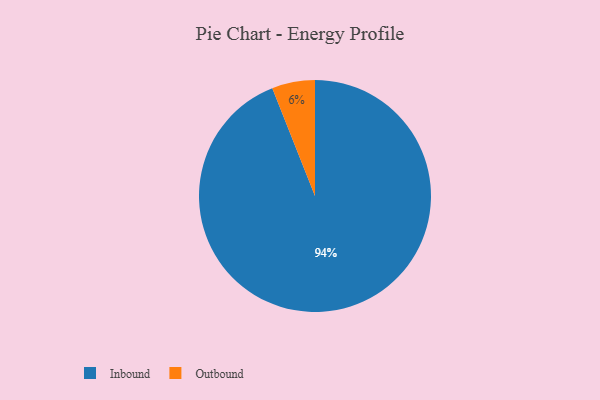
{"axis": {"x": "Category", "y": "Percentage"}, "legend": ["Inbound", "Outbound"], "data": [{"x": "Outbound", "y": 6, "type": "Outbound"}, {"x": "Inbound", "y": 94, "type": "Inbound"}]}